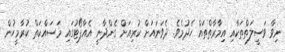
ނިވާ ވަސީލަތްތަކާއި އިމާރާތްތައް ހެދުމެވެ. ދެވަނައަށް ކުރިއަށް ގެންދާނީ އެއާޕޯޓުގައި މަސައްކަތް ކުރާމީހުން